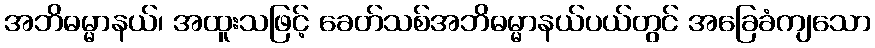
အဘိဓမ္မာနယ်၊ အထူးသဖြင့် ခေတ်သစ်အဘိဓမ္မာနယ်ပယ်တွင် အခြေခံကျသော